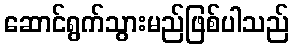
ဆောင်ရွက်သွားမည်ဖြစ်ပါသည်